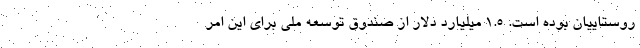
روستاییان بوده است. 1.5 میلیارد دلار از صندوق توسعه ملی برای این امر